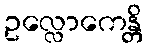
ဥလ္လောကေန္တိ